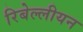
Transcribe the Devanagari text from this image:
रिबेल्लीयन